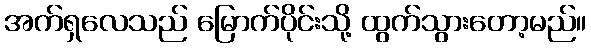
အက်ရှလေသည် မြောက်ပိုင်းသို့ ထွက်သွားတော့မည်။